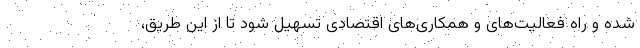
شده و راه فعالیت‌های و همکاری‌های اقتصادی تسهیل شود تا از این طریق،